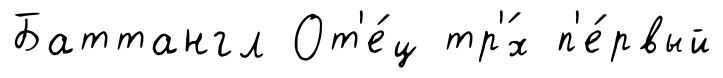
Баттангл От'е́ц тр'́х п'е́рвый